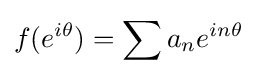
\displaystyle {f(e^{i\theta })=\sum a_{n}e^{in\theta }}